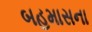
બહમાસના